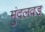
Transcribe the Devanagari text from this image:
मुंदलवड